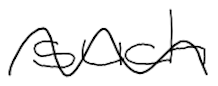
Text: such
Cross-out: wave
Writing tool: digital_black